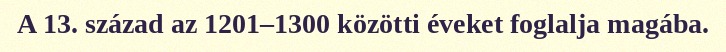
A 13. század az 1201–1300 közötti éveket foglalja magába.